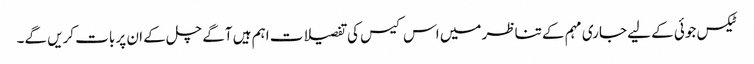
ٹیکس جوئی کے لیے جاری مہم کے تناظر میں اس کیس کی تفصیلات اہم ہیں آگے چل کے ان پر بات کریں گے۔